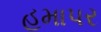
હમાપર